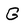
Character: G